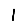
Digit: 1